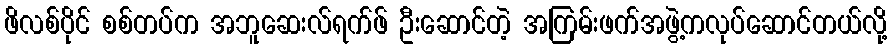
ဖိလစ်ပိုင် စစ်တပ်က အဘူဆေးလ်ရက်ဖ် ဦးဆောင်တဲ့ အကြမ်းဖက်အဖွဲ့ကလုပ်ဆောင်တယ်လို့